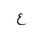
Letter: _ayn